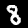
Label: 8